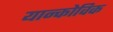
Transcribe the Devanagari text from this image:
यान्कोविक